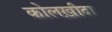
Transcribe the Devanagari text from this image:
कोलख़ीदा